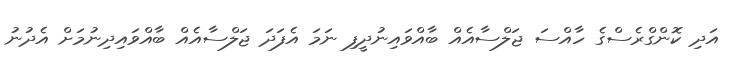
އަދި ކޮންގްރެސްގެ ހާއްސަ ޖަލްސާއެއް ބާއްވައިނުދީފި ނަމަ އެފަދަ ޖަލްސާއެއް ބާއްވައިދިނުމަށް އެދުނު